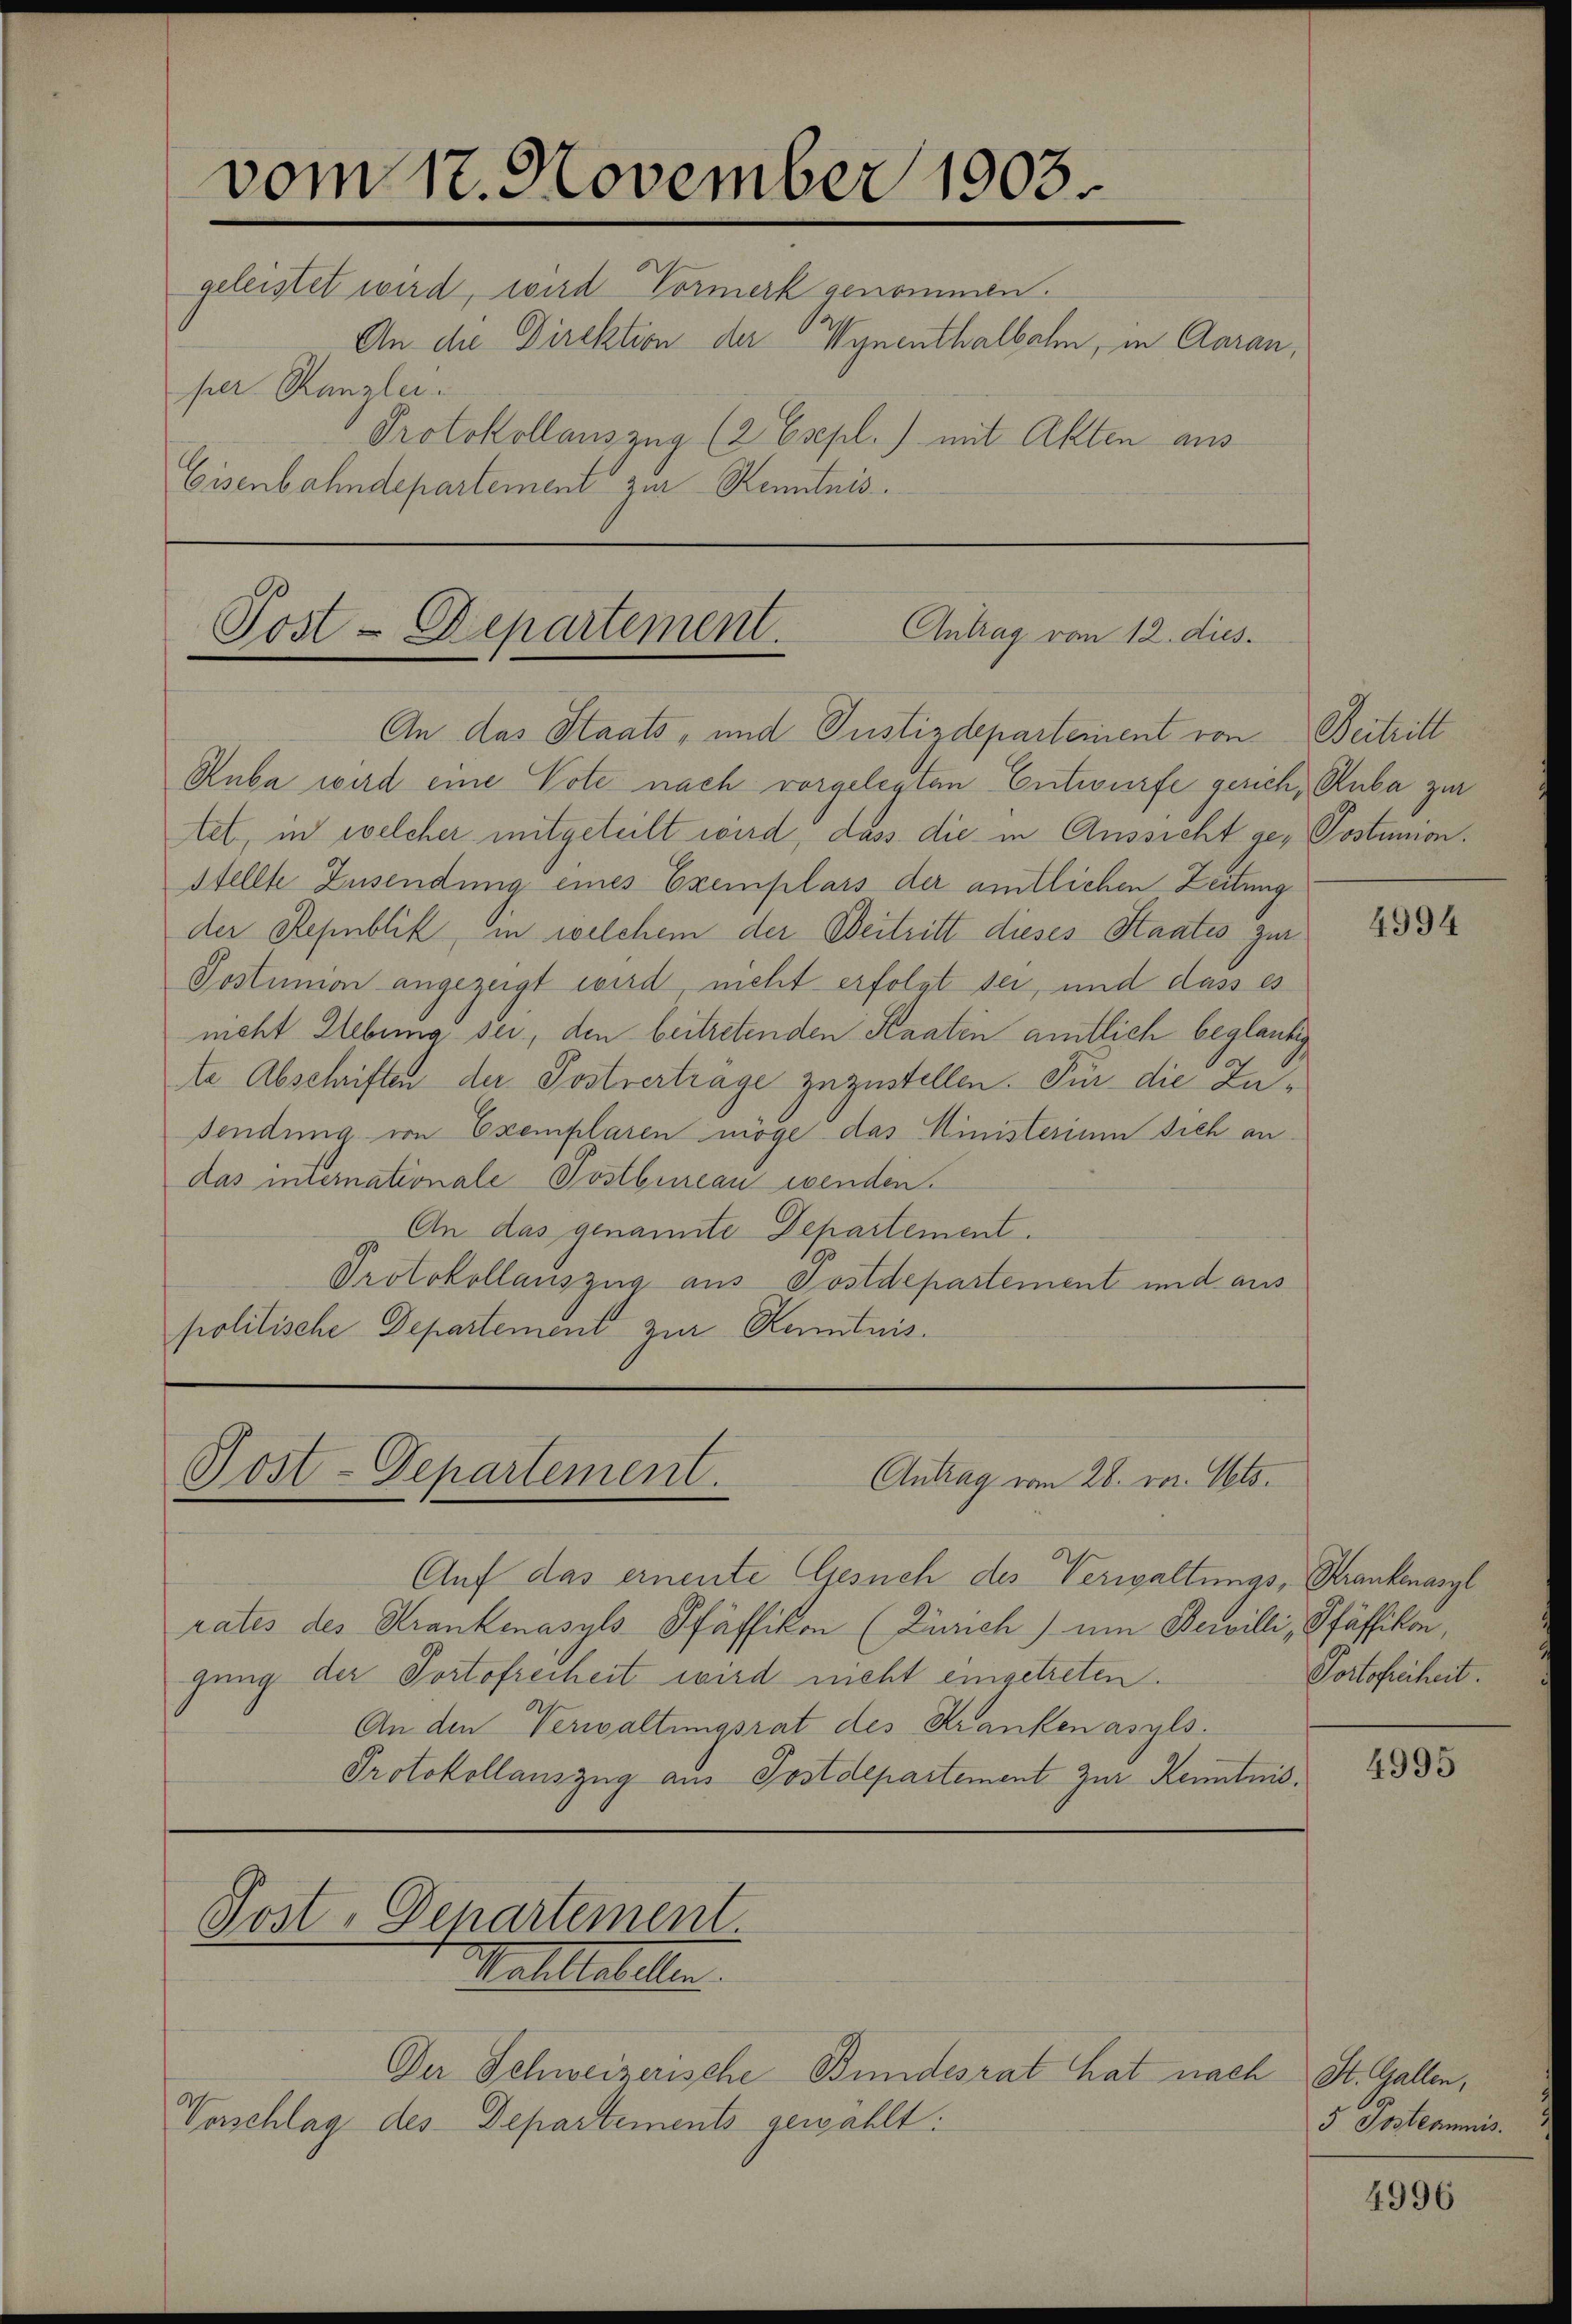
vom 17. November 1903
per Kanzlei.
Protokollauszug (2 Espl.) mit Akten aus
Eisenbahndepartement zur Kenntnis.

Post-Departement.
Antrag von 12. dies.
An das Staats- und Justizdeparteinent von Beitritt

geleistet wird, wird Vormerk genommen.
An die Direktion der Wynenthalbahn, in Garan,

Ruba wird eine Vote nach vorgelegten Entwurfe gerich, Ruba zur
tet, in welcher mitgeteilt wird, dass die in Aussicht ge- Postumonstellte Zusendung eines Exemplars der amtlichen Zeitung
der Republik, in welchem der Beitritt dieses Staates zur
Postunion angezeigt wird nicht erfolgt sei, und dass es
nicht Hebung sei, den beitretenden Knaten amtlich beglaubig
te Abschriften der Postverträge zuzustellen. Für die Zusendung von Exemplaren möge das Ministerium sich an
das internationale Postbureau wenden.
An das genannte Departement.
Protokollauszug aus Postdepartement und aus
politische Departement zur Kenntnis.

Post-Departement.
¬
Antrag vom 28. vor. Mts.

Auf das ernente Gesuch des Verwaltungs- Strankenasyl
rates des Krankenasyls Pfäffikon (Zürich) um Bewilli, Pfäffikon,
gung der Portofreiheit wird nicht eingetreten.
An den Verwaltungsrat des Krankenasyls.
Protokollauszug aus Postdepartement zur Kenntnis¬

Post, Departement
Walthatellen.

Verschlag des Departements gewählt:

Der Schweizerische Bundesrat hat nach St. Gallen,

4994

Portofreiheit.
4995

5 Posteamnis.

4996